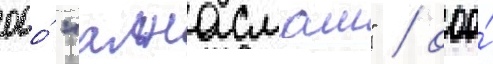
ооо́ "алнасмаш" / ооо́